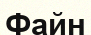
Файн